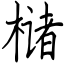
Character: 槠